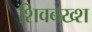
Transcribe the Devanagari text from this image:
शिवबख्श